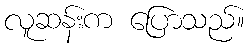
လူဆန်းက ပြောသည်။